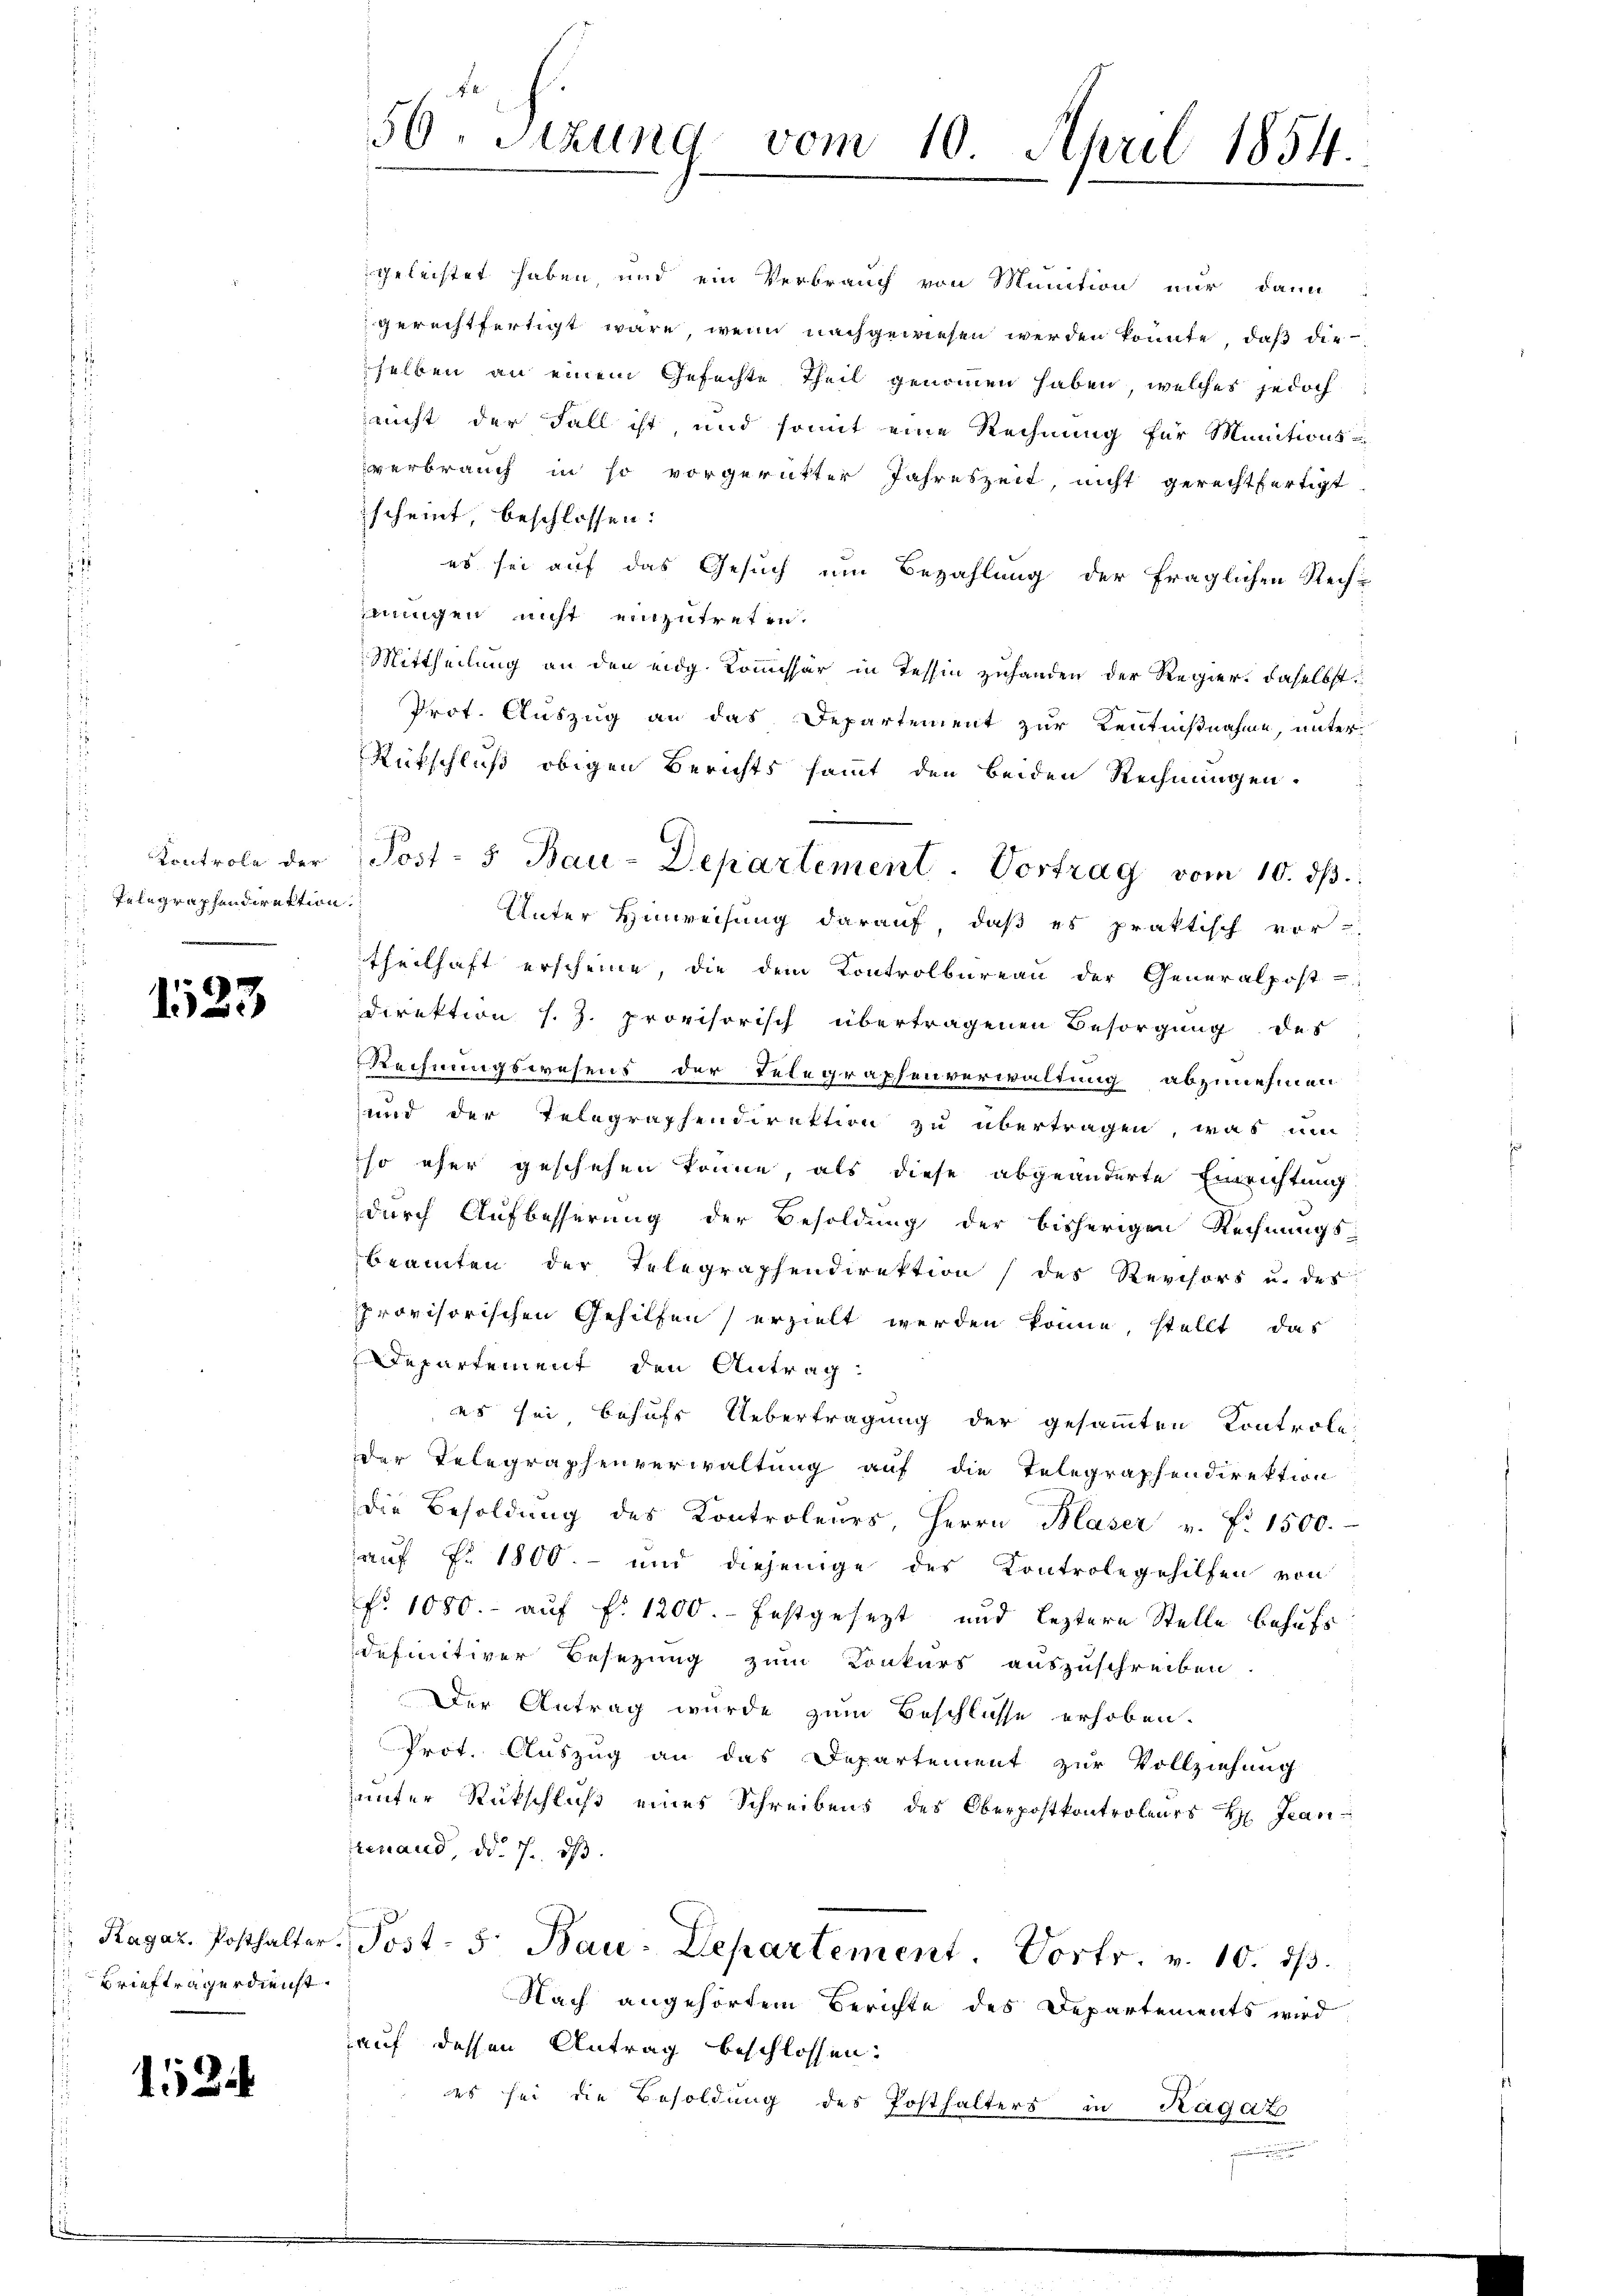
Controle der
Telegraphendirektion.

1523

Briefträgerdienst.

152

geleistet haben, und ein Verbrauch von Munition nur dann
gerechtfertigt wäre, wenn nachgewiesen werden könnte, daß die
selben an einem Gefechte Theil genommen haben, welches jedoch
nicht der Fall ist, und somit eine Rechnung für Munitionsverbrauch in so vorgerichter Jahreszeit, nicht gerechtfertigt
scheint, beschlossen:
es sei auf das Gesuch um Bezahlung der fraglichen Rechuungen nicht einzutreten.
Mittheilung an den eidg. Kommissär in Tessin zuhanden der Regier, daselbst
Prot. Auszug an das Departement zur Kenntnißnahme, unter
Rückschluß obigen Berichts sammt den beiden Rechnungen.
Unter Hinweisung darauf, daß es praktisch vor-
theilhaft erscheine, die dem Kontrolbureau der Generalpost-
direktion s. Z. provisorisch übertragenen Besorgung des
Rechnungswesens der Telegraphenverwaltung abzunehmen
und der Telegraphendirektion zu übertragen, was um
so eher geschehen könne, als diese abgeänderte Einrichtung
durch Aufbesserung der Besoldung der bisherigen Rechnungs-
beamten der Telegraphendirektion / des Revisors u. des
provisorischen Gehilfen erzielt werden könne, stellt, das
Departement den Antrag
es sei behufs Uebertragung der gesammten Kontrole
Der Telegraphenverwaltung auf die Telegraphendirektion
die Besoldŭng des Kontroleurs, Herrn Blaser v. fr. 1500.
auf Fr. 1800.- und diejenige des Controle gehilfen von
fo 1080.- auf fl. 1200. festgesezt und leztere Stelle behufs
definitiver Besezung zum Konkurs auszuschreiben.
Der Antrag wurde zum Beschlusse erhoben.
Prot. Auszug an das Departement zur Vollziehung
ŭnter Rückschlŭβ eines Schreibens des Oberpostkontroleurs H. Franrenand, d. 7. ds.
 Ragaz. Posthalter, Post- 5. Bau-Departement. Vortr. v. 10. dβ.
Nach angehörtem Berichte des Departements wird
auf dessen Antrag beschlossen:
es sei die Besoldung des Posthalters in Ragaz

50. Sitzung vom 10. April 1854.

Post- 5. Bau-Departement. Vortrag vom 10. dβ.